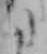
た